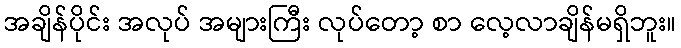
အချိန်ပိုင်း အလုပ် အများကြီး လုပ်တော့ စာ လေ့လာချိန်မရှိဘူး။